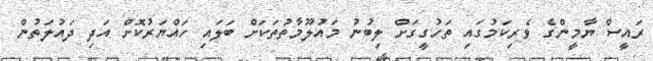
ރައީސް ޔާމީންގެ ވެރިކަމުގައި ތަހުގީގަށް ލިބުނު މައުލޫމާތުތަކަށް ބަލައި ހައްޔަރުކޮށް އަދި ދައުލަތުން